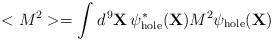
LaTeX: \begin{align*}<M^2> = \int d^{\,9}{\bf X} \, \psi_{\rm hole}^*({\bf X}) M^2\psi_{\rm hole}({\bf X})\end{align*}